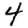
Digit: 4